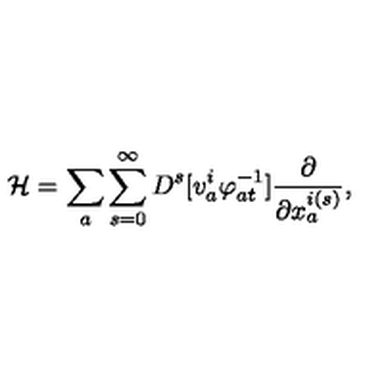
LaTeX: { \cal H } = \sum _ { a } \sum _ { s = 0 } ^ { \infty } D ^ { s } [ v _ { a } ^ { i } \varphi _ { a t } ^ { - 1 } ] \frac { \partial } { \partial x _ { a } ^ { i ( s ) } } ,